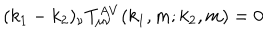
( k _ { 1 } - k _ { 2 } ) _ { \nu } T _ { \mu \nu } ^ { A V } ( k _ { 1 } , m ; k _ { 2 } , m ) = 0